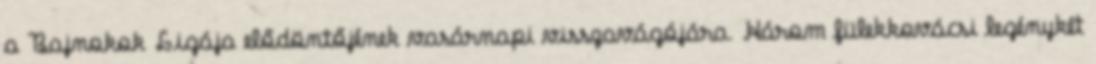
a Bajnokok Ligája elődöntőjének vasárnapi visszavágójára. Három fülekkovácsi legénykét